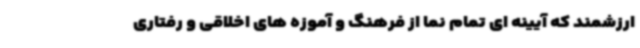
ارزشمند که آیینه ای تمام نما از فرهنگ و آموزه های اخلاقی و رفتاری